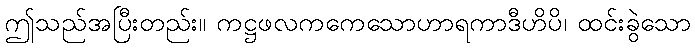
ဤသည်အပြီးတည်း။ ကဋ္ဌဖလကကေသောဟာရကာဒီဟိပိ၊ ထင်းခွဲသော